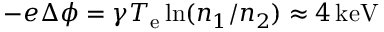
- e \Delta \phi = \gamma T _ { \mathrm { e } } \ln ( n _ { 1 } / n _ { 2 } ) \approx 4 \, \mathrm { k e V }